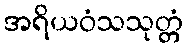
အရိယဝံသသုတ္တံ